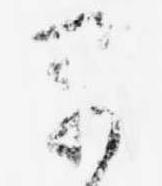
早